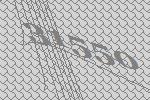
31550